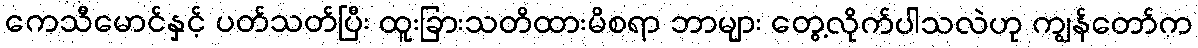
ကေသီမောင်နှင့် ပတ်သတ်ပြီး ထူးခြားသတိထားမိစရာ ဘာများ တွေ့လိုက်ပါသလဲဟု ကျွန်တော်က